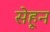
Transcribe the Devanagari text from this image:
सेहून